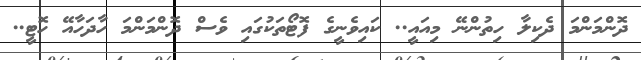
ދޮންމަންމަ ދެކިލާ ހިތުންނޭ މިއައީ.. ކައިވެނީގެ ފޮޓޯތަކުގައި ވެސް ދޮންމަންމަ ހާދަހާއޭ ހޮޓީ..